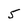
Character: 5